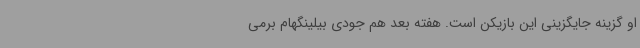
او گزینه جایگزینی این بازیکن است. هفته بعد هم جودی بیلینگهام برمی